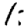
Digit: 1